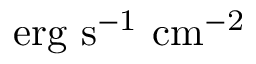
\mathrm { { e r g \ s ^ { - 1 } \ c m ^ { - 2 } } }